Indian journal of veterinary science and animal husbandry - Volumes 18-21, 1948-1951
Year: 1948
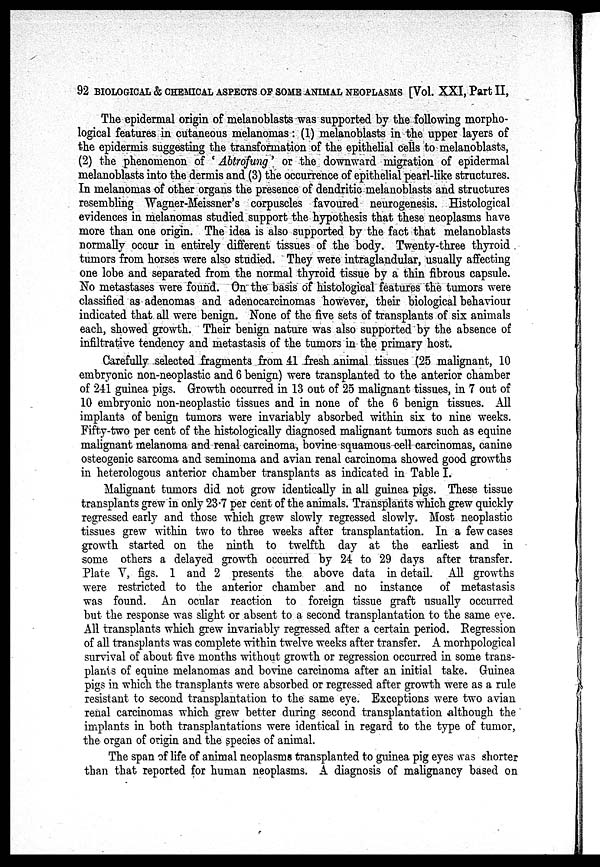
92 BIOLOGICAL & CHEMICAL ASPECTS OF SOME ANIMAL NEOPLASMS [Vol. XXI, Part II,
The epidermal origin of melanoblasts was supported by the following morpho-
logical features in cutaneous melanomas: (1) melanoblasts in the upper layers of
the epidermis suggesting the transformation of the epithelial cells to melanoblasts,
(2) the phenomenon of 'Abtrofung' or the downward migration of epidermal
melanoblasts into the dermis and (3) the occurrence of epithelial pearl-like structures.
In melanomas of other organs the presence of dendritic melanoblasts and structures
resembling Wagner-Meissner's corpuscles favoured neurogenesis. Histological
evidences in melanomas studied support the hypothesis that these neoplasms have
more than one origin. The idea is also supported by the fact that melanoblasts
normally occur in entirely different tissues of the body. Twenty-three thyroid
tumors from horses were also studied. They were intraglandular, usually affecting
one lobe and separated from the normal thyroid tissue by a thin fibrous capsule.
No metastases were found. On the basis of histological features the tumors were
classified as adenomas and adenocarcinomas however, their biological behaviour
indicated that all were benign. None of the five sets of transplants of six animals
each, showed growth. Their benign nature was also supported by the absence of
infiltrative tendency and metastasis of the tumors in the primary host.
Carefully selected fragments from 41 fresh animal tissues (25 malignant, 10
embryonic non-neoplastic and 6 benign) were transplanted to the anterior chamber
of 241 guinea pigs. Growth occurred in 13 out of 25 malignant tissues, in 7 out of
10 embryonic non-neoplastic tissues and in none of the 6 benign tissues. All
implants of benign tumors were invariably absorbed within six to nine weeks.
Fifty-two per cent of the histologically diagnosed malignant tumors such as equine
malignant melanoma and renal carcinoma, bovine squamous cell carcinomas, canine
osteogenic sarcoma and seminoma and avian renal carcinoma showed good growths
in heterologous anterior chamber transplants as indicated in Table I.
Malignant tumors did not grow identically in all guinea pigs. These tissue
transplants grew in only 23.7 per cent of the animals. Transplants which grew quickly
regressed early and those which grew slowly regressed slowly. Most neoplastic
tissues grew within two to three weeks after transplantation. In a few cases
growth started on the ninth to twelfth day at the earliest and in
some others a delayed growth occurred by 24 to 29 days after transfer.
Plate V, figs. 1 and 2 presents the above data in detail. All growths
were restricted to the anterior chamber and no instance of metastasis
was found. An ocular reaction to foreign tissue graft usually occurred
but the response was slight or absent to a second transplantation to the same eye.
All transplants which grew invariably regressed after a certain period. Regression
of all transplants was complete within twelve weeks after transfer. A morhpological
survival of about five months without growth or regression occurred in some trans-
plants of equine melanomas and bovine carcinoma after an initial take. Guinea
pigs in which the transplants were absorbed or regressed after growth were as a rule
resistant to second transplantation to the same eye. Exceptions were two avian
renal carcinomas which grew better during second transplantation although the
implants in both transplantations were identical in regard to the type of tumor,
the organ of origin and the species of animal.
The span of life of animal neoplasms transplanted to guinea pig eyes was shorter
than that reported for human neoplasms. A diagnosis of malignancy based on